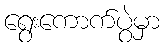
ရွေးကောက်ပွဲမှာ